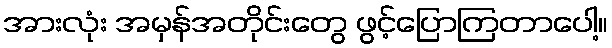
အားလုံး အမှန်အတိုင်းတွေ ဖွင့်ပြောကြတာပေါ့။